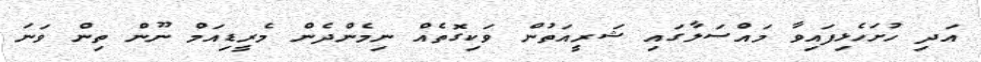
އަދި ހުށަހެޅިފައިވާ މައްސަލާގައި ޝަރީއަތުން ވަކިގޮތެއް ނިމެންދެން މެރީޑިއަމް ނޫން ތިން ވަނަ